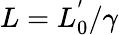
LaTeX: L=L_{0}^{'}/\gamma